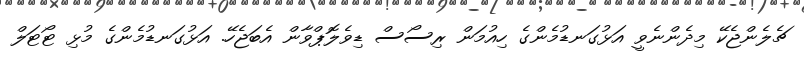
ޗެލެންޖެކޭ މިދެންނެވީ އަޅުގަނޑުމެންގެ ހިއުމަން ރިސޯސް ޑިވެލޮޕްވާން އެބަޖެހޭ. އަޅުގަނޑުމެންގެ މުޅި ޓޯޓަލް